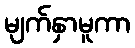
မျက်နှာမူကာ